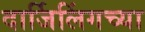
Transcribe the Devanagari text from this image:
दार्जिलिंगच्या